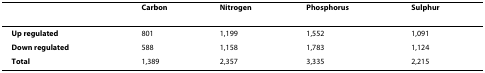
|  | Carbon | Nitrogen | Phosphorus | Sulphur |
 | --- | --- | --- | --- | --- |
 | Up regulated | 801 | 1,199 | 1,552 | 1,091 |
 | Down regulated | 588 | 1,158 | 1,783 | 1,124 |
 | Total | 1,389 | 2,357 | 3,335 | 2,215 |